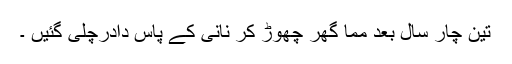
تین چار سال بعد مما گھر چھوڑ کر نانی کے پاس دادرچلی گئیں ۔